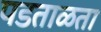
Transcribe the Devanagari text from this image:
पडताळता